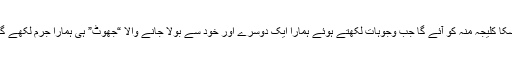
اسکا کلیجہ منہ کو آئے گا جب وجوہات لکھتے ہوئے ہمارا ایک دوسرے اور خود سے بولا جانے والا “جھوٹ” ہی ہمارا جرم لکھے گا۔